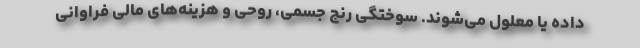
داده یا معلول می‌شوند. سوختگی رنج جسمی، روحی و هزینه‌های مالی فراوانی